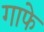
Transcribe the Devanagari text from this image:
गाफे